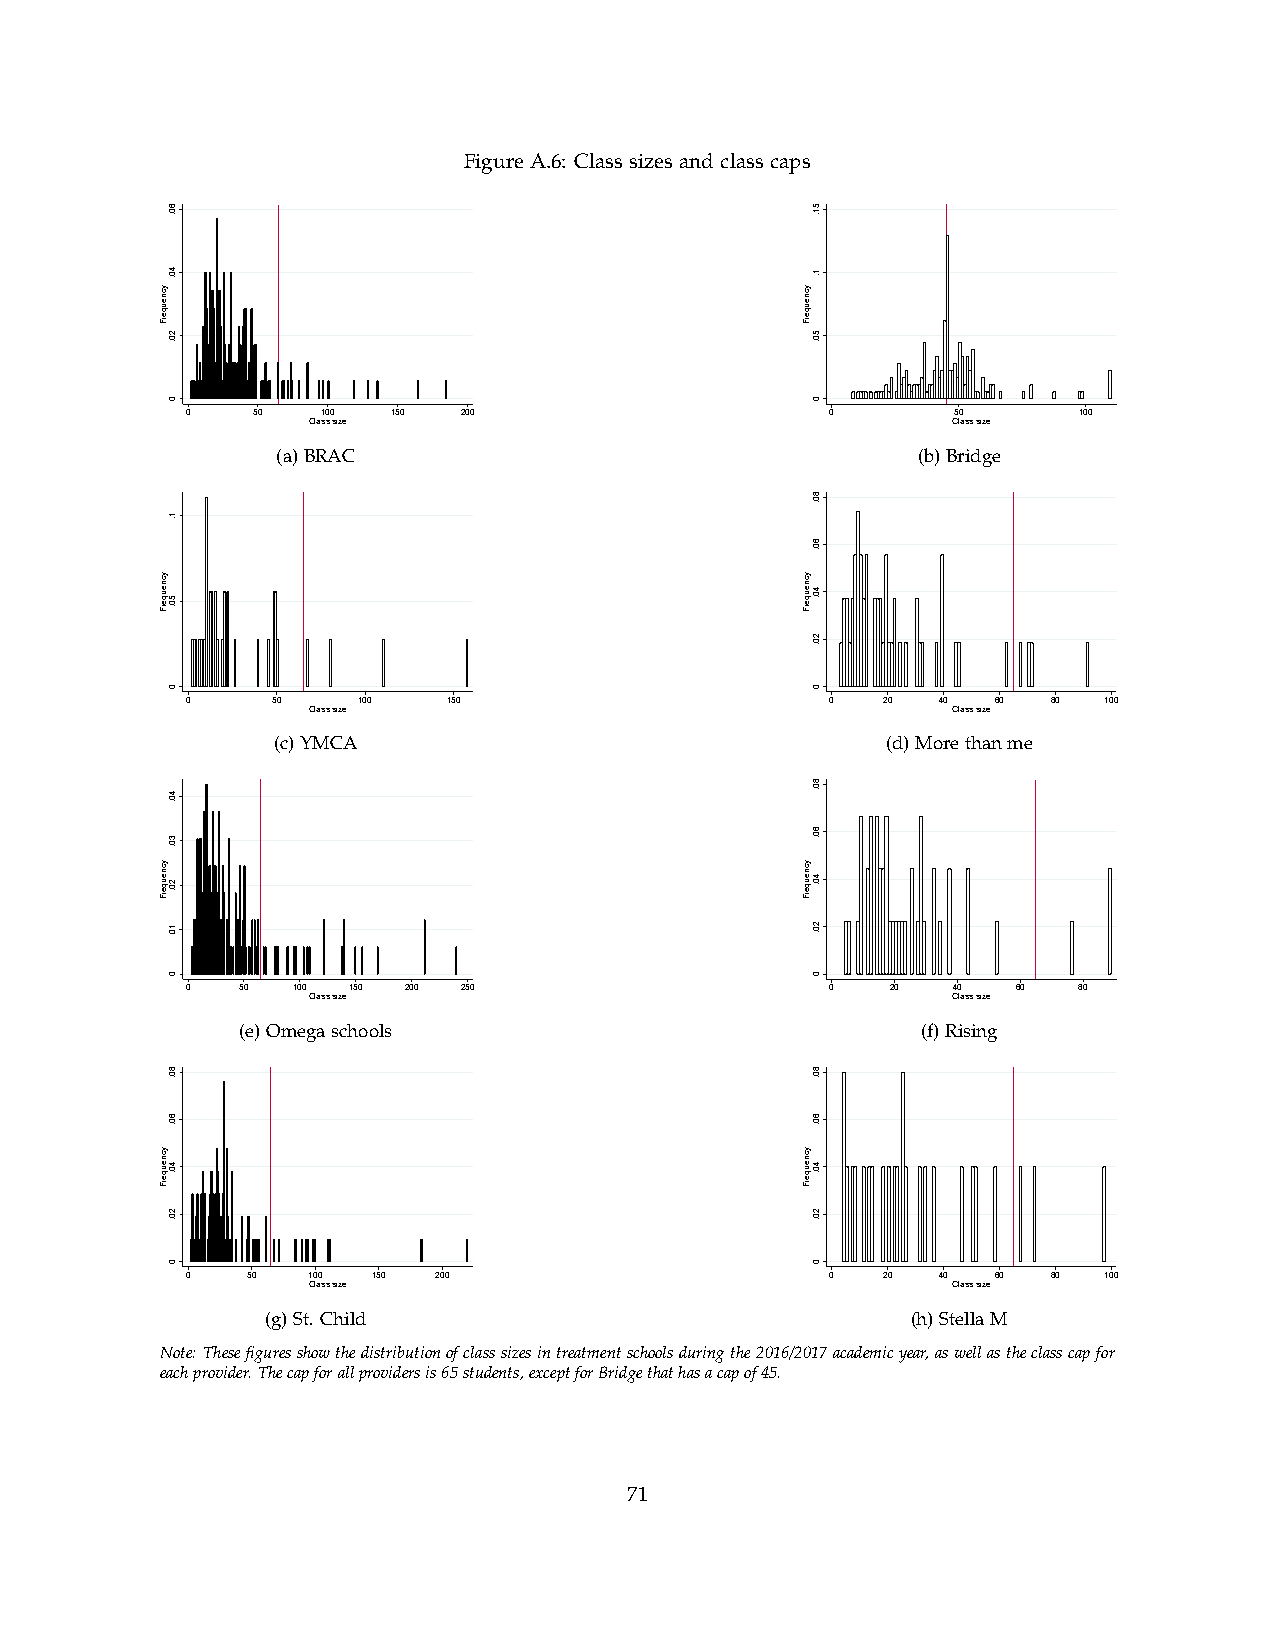
FigureA.6: Classsizesandclasscaps
 0    50  100  150  200                     0       50      100
 Class size                                 Class size
 (a)BRAC                                    (b)Bridge
 0     50    100   150                      0  20  40  60  80 100
 Class size                                 Class size
 (c)YMCA                                  (d)Morethanme
 0   50 100 150 200 250                     0   20  40  60  80
 Class size                                 Class size
 (e)Omegaschools                              (f)Rising
 0   50  100  150 200                       0  20  40  60  80 100
 Class size                                 Class size
 (g)St. Child                              (h)StellaM
 Note: Thesefiguresshowthedistributionofclasssizesintreatmentschoolsduringthe2016/2017academicyear,aswellastheclasscapfor
 eachprovider.Thecapforallprovidersis65students,exceptforBridgethathasacapof45.
 71
 ycneuqerF
 ycneuqerF
 ycneuqerF
 ycneuqerF
 60.
 40.
 20.
 0
 1.
 50.
 0
 40.
 30.
 20.
 10.
 0
 80.
 60.
 40.
 20.
 0
 ycneuqerF
 ycneuqerF
 ycneuqerF
 ycneuqerF
 51.
 1.
 50.
 0
 80.
 60.
 40.
 20.
 0
 80.
 60.
 40.
 20.
 0
 80.
 60.
 40.
 20.
 0